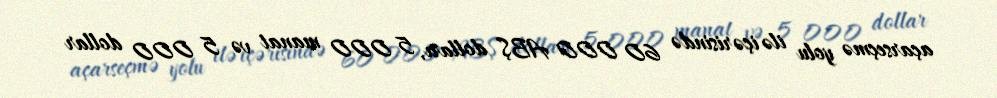
açarseçmə yolu ilə içərisində 60 000 ABŞ dolları, 5 000 manat və 5 000 dollar